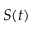
S ( t )